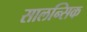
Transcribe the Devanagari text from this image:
सालन्सिक